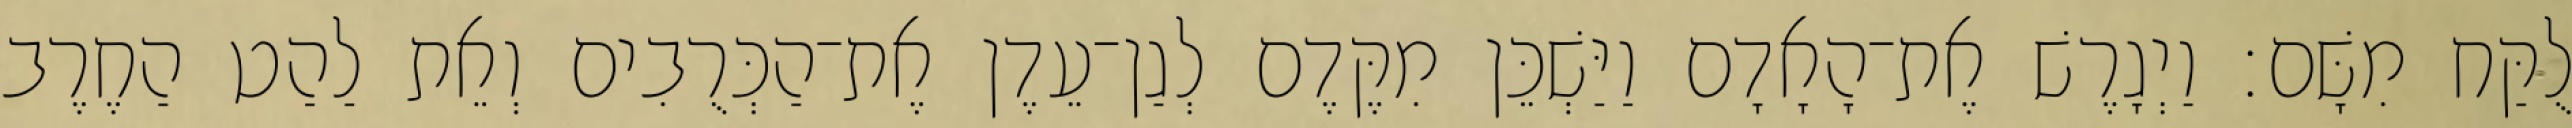
לֻקַּח מִשָּׁם׃ וַיְגָרֶשׁ אֶת־הָאָדָם וַיַּשְׁכֵּן מִקֶּדֶם לְגַן־עֵדֶן אֶת־הַכְּרֻבִים וְאֵת לַהַט הַחֶרֶב